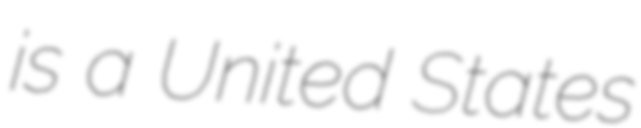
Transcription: is a United States